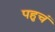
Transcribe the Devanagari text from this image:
पहुचं